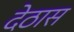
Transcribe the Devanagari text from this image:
देठास